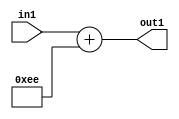
`timescale 1ps / 1ps
/*****************************************************************************
    Verilog RTL Description
    
    
    Created by: Stratus DpOpt 2019.1.01 
*******************************************************************************/

module DC_Filter_Add_12U_61_4 (
	in1,
	out1
	); /* architecture "behavioural" */ 
input [11:0] in1;
output [11:0] out1;
wire [11:0] asc001;

assign asc001 = 
	+(in1)
	+(12'B000011101110);

assign out1 = asc001;
endmodule

/* CADENCE  urn1Sgs= : u9/ySgnWtBlWxVPRXgAZ4Og= ** DO NOT EDIT THIS LINE ******/